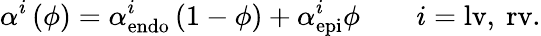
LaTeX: \alpha^{i}\left(\phi\right)=\alpha_{\mathrm{{endo}}}^{i}\left(1-\phi\right)+\alpha_{\mathrm{{epi}}}^{i}\phi\qquad i=\mathrm{{lv},\ \mathrm{{rv}.}}